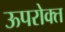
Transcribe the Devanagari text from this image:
ऊपरोक्त